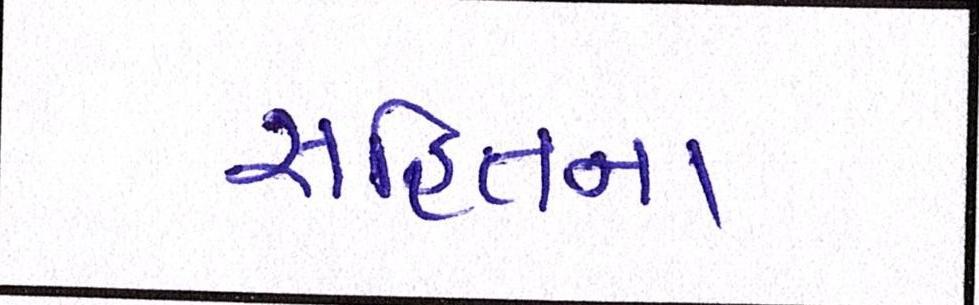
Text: સહિતના